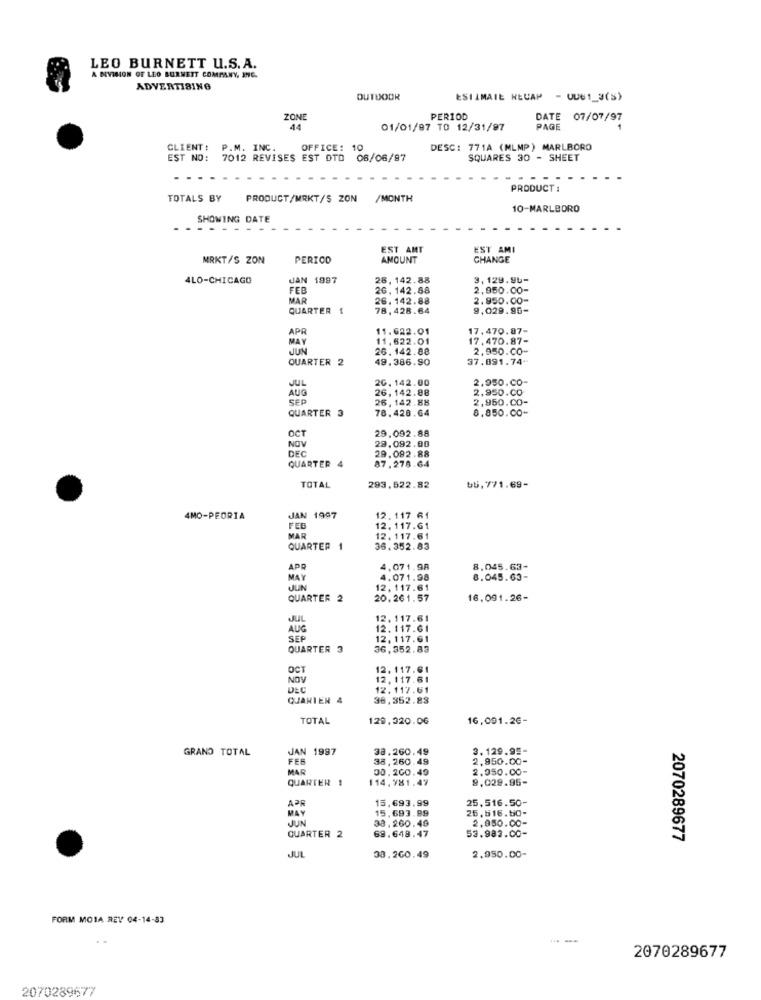
LEO BURNETT U.S. A.
A NVISION OF LEO BURNETT COMPANY, INC.
ADVERTISING
OUTDOOR
ESTIMATE NEUAM - QUE1_3(S)
ZONE
PERIOD
DATE 07/07/97
44
01/01/97 TO 12/31/97
PAGE
CLIENT: P.M. INC.
OFFICE:
10
DESC: 771A (MLMP) MARLBORO
EST NO:
7012 REVISES EST DTD 08/06/97
SQUARES 30 - SHEET
. . .
PRODUCT :
TOTALS BY
PRODUCT/MRKT/S ZON /MONTH
10-MARLBORO
SHOWING DATE
-----
EST AMT
EST AMI
MRKT/S ZON
PERIOD
AMOUNT
CHANGE
4LO-CHICAGO
JAN 1997
28, 142.88
3,129.96-
FEB
26. 142.88
2,950.00-
MAR
26. 142.88
2.950.00-
QUARTER 1
78, 428.64
9,029.96-
APR
11.622.01
17.470.87-
MAY
11,622.01
17,470.87-
JUN
26. 142.88
2.950.00-
QUARTER 2
49.386.90
37.891.74-
JUL
20. 142.00
2.950.CO-
AUG
26, 142.88
2,950.00
5FP
26, 142.88
2,950.00-
QUARTER 3
78.428.64
8.850.00-
29.092.88
OCT
29.092.00
NOV
DEC
29.092.88
QUARTER
87.278.64
65,771.69-
TOTAL
293.522.82
4MO-PEORIA
JAN 1997
12. 117 61
FEB
12. 117.61
MAR
12.117.61
QUARTER 1
36. 352.83
APR
4.071.98
8.045.63-
MAY
4.071.98
8.045.63-
JUN
12, 117.61
QUARTER 2
20. 261.57
16.091.26-
JUL
12. 117.61
AUG
12.117.61
SEP
12, 117.61
QUARTER 3
36,352.83
OCT
12. 117.61
NOV
12, 117.61
DEC
12.117.61
QUARIEN 4
36,352.83
TOTAL
129,320.06
16,091.26-
GRAND TOTAL
JAN 1997
38.260.49
3.129.95-
FEB
38,260.49
2,950.00-
MAR
00. 200.49
2.950.00-
QUARTER 1
114,981.47
9.029.95-
APR
15,693.99
25.516.50-
MAY
15.693.89
25,616.60-
JUN
2,850.00-
QUARTER 2
38.260.49
69.648.47
53.983.00-
2070289677
JUL
38.260.49
2,950.00-
FORM MOIA REV 04-14-83
2070289677
2070289677